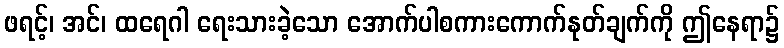
ဖရင့်၊ အင်၊ ထရေဂါ ရေးသားခဲ့သော အောက်ပါစကားကောက်နုတ်ချက်ကို ဤနေရာ၌